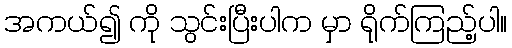
အကယ်၍ ကို သွင်းပြီးပါက မှာ ရိုက်ကြည့်ပါ။